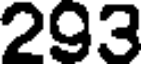
293